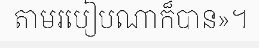
តាមរបៀបណាក៏បាន»។